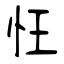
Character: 忹